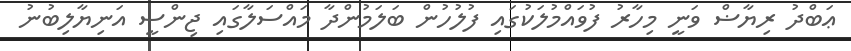
ޢަބްދު ރިޔާޟް ވަނީ މިހާރު ފުވައްމުލަކުގައި ފުލުހުން ބަލަމުންދާ މައްސަލާގައި ޖިންސީ އަނިޔާލިބުނު